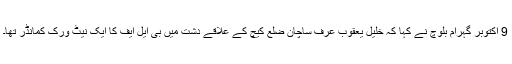
9 اکتوبر گہرام بلوچ نے کہا کہ خلیل یعقوب عرف ساچان ضلع کیچ کے علاقے دشت میں بی ایل ایف کا ایک نیٹ ورک کمانڈر تھا۔